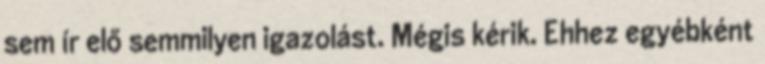
sem ír elő semmilyen igazolást. Mégis kérik. Ehhez egyébként